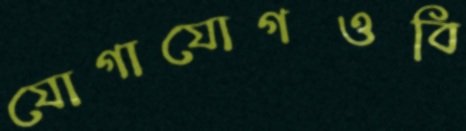
যোগাযোগওবি